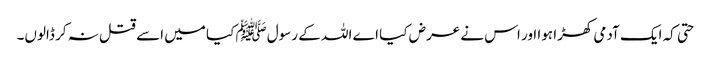
حتی کہ ایک آدمی کھڑا ہوا اور اس نے عرض کیا اے اللہ کے رسولﷺ کیا میں اسے قتل نہ کر ڈالوں۔